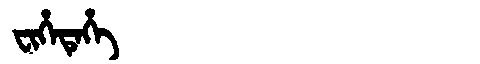
Manchu: ᠸᡳᡥᡝᡨᡝᡥᡝ
Romanization: FIHETEHE